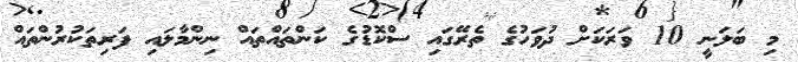
މި ބަލަނީ 10 ވަރަކަށް ދުވަހުގެ ތެރޭގައި ސްކޮޑުގެ ކަންތައްތައް ނިންމާލައި ފަރިތަކުރުންތައް